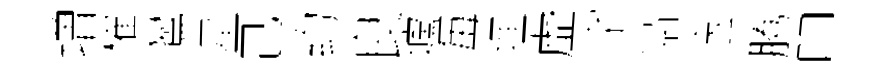
増櫂鸑星己约良壚毎埋虛字鬲邉腾叩